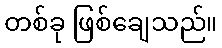
တစ်ခု ဖြစ်ချေသည်။